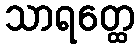
သာရတ္ထေ